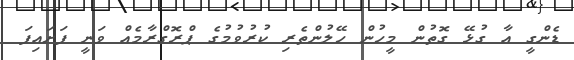
ޑެންގީ އާ ގުޅޭ ގޮތުން މީހުން ހޭލުންތެރި ކުރުވުމުގެ ޕްރޮގްރާމެއް ވަނީ ފަށައިފަ